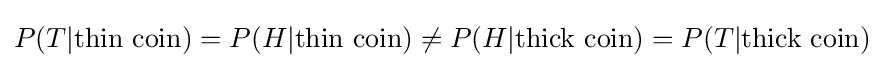
P(T|{\text{thin coin}})=P(H|{\text{thin coin}})\neq P(H|{\text{thick coin}})=P(T|{\text{thick coin}})